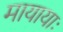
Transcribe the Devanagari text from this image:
मायायाः